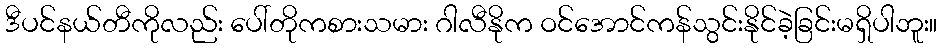
ဒီပင်နယ်တီကိုလည်း ပေါ်တိုကစားသမား ဂါလီနိုက ဝင်အောင်ကန်သွင်းနိုင်ခဲ့ခြင်းမရှိပါဘူး။